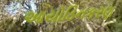
આયોડિનકરણ